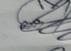
Signature authenticity: genuine